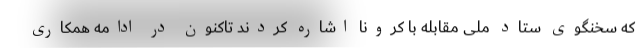
که سخنگوی ستاد ملی مقابله با کرونا اشاره کردند تاکنون در ادامه همکاری